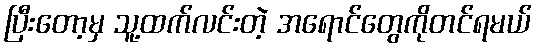
ပြီးတော့မှ သူ့ထက်လင်းတဲ့ အရောင်တွေကိုတင်ရမယ်